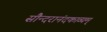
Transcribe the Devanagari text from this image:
सौन्दरानंदकाव्यम्